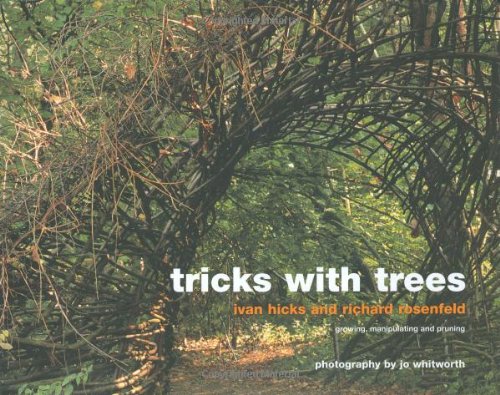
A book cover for Tricks with Trees: Growing, Manipulating and Pruning; Ivan Hicks; Crafts, Hobbies & Home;